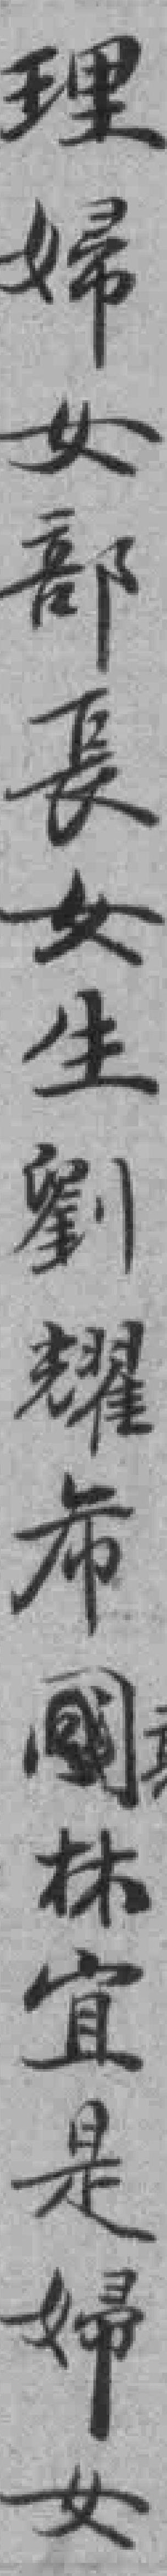
理婦女部長女生劉耀布林宜是婦女